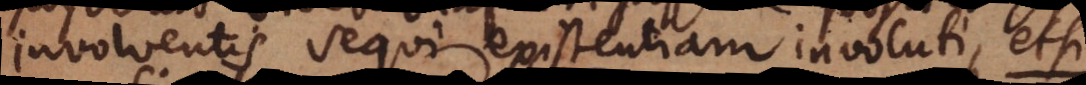
involventis sequi existentiam involuti, etsi